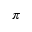
\pi